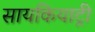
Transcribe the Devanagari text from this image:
सायकियाट्री